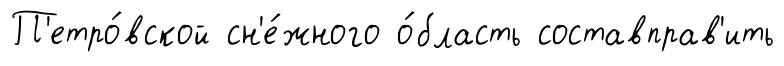
П'етро́вской сн'е́жного о́бласть составправ'ить